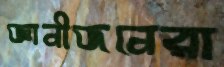
জ্ঞানীজনেরা